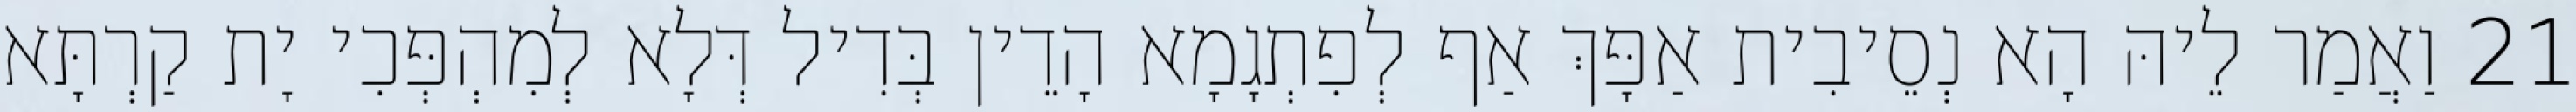
21 וַאֲמַר לֵיהּ הָא נְסֵיבִית אַפָּךְ אַף לְפִתְגָמָא הָדֵין בְּדִיל דְּלָא לְמִהְפְּכִי יָת קַרְתָּא